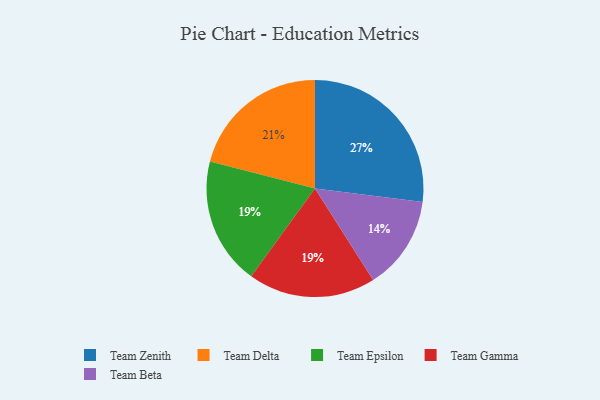
{"axis": {"x": "Category", "y": "Percentage"}, "legend": ["Team Beta", "Team Delta", "Team Epsilon", "Team Gamma", "Team Zenith"], "data": [{"x": "Team Delta", "y": 21, "type": "Team Delta"}, {"x": "Team Epsilon", "y": 19, "type": "Team Epsilon"}, {"x": "Team Beta", "y": 14, "type": "Team Beta"}, {"x": "Team Zenith", "y": 27, "type": "Team Zenith"}, {"x": "Team Gamma", "y": 19, "type": "Team Gamma"}]}